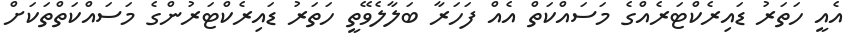
އެއީ ހަތަރު ޑައިރެކްޓަރެއްގެ މަސައްކަތް އެއް ފަހަރާ ބަލާލެވޭތީ ހަތަރު ޑައިރެކްޓަރުންގެ މަސައްކަތްތަކަށް